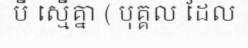
បី ស្មើគ្នា ( បុគ្គល ដែល